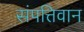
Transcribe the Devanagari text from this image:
संपत्तिवान